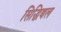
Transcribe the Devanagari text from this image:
सिद्धिबल